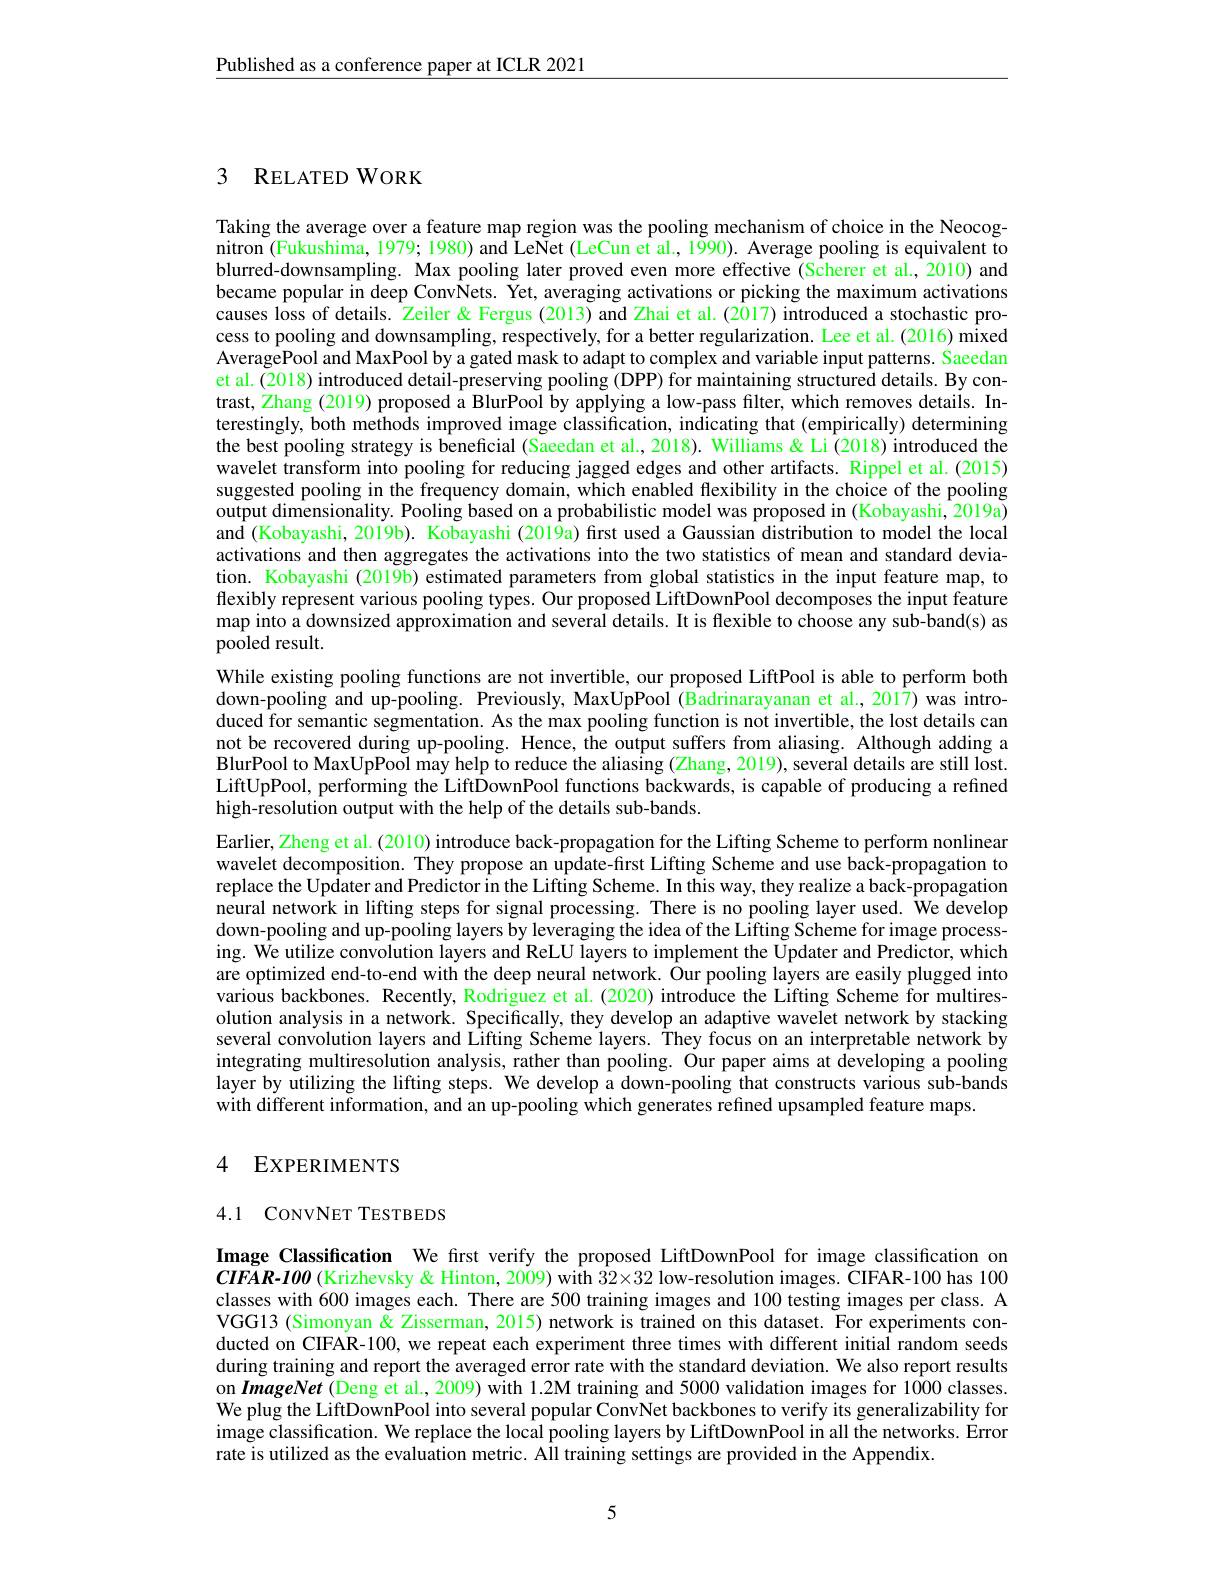
Published as a conference paper at ICLR 2021

### 3 RELATEDWORK

Taking the average over a feature map region was the pooling mechanism of choice in the Neocog- $\tilde{\text{nitron (Fukushima, 1979; 1980) and LeNet (LeCun et al., 1990). Average pooling is equivalent to}}$ blurred-downsampling. Max pooling later proved even more effective (Scherer et al., 2010) and became popular in deep ConvNets. Yet, averaging activations or picking the maximum activations causes loss of details. Zeiler & Fergus (2013) and Zhai et al. (2017) introduced a stochastic process to pooling and downsampling, respectively, for a better regularization. Lee et al. (2016) mixed AveragePool and MaxPool by a gated mask to adapt to complex and variable input patterns. Saeedan et al. (2018) introduced detail-preserving pooling (DPP) for maintaining structured details. By contrast, Zhang (2019) proposed a BlurPool by applying a low-pass filter, which removes details. Interestingly, both methods improved image classification, indicating that (empirically) determining the best pooling strategy is beneficial (Saeedan et al., 2018). Williams & Li (2018) introduced the wavelet transform into pooling for reducing jagged edges and other artifacts. Rippel et al.(2015) suggested pooling in the frequency domain, which enabled flexibility in the choice of the pooling output dimensionality. Pooling based on a probabilistic model was proposed in (Kobayashi, 2019a) and (Kobayashi, 2019b). Kobayashi (2019a) first used a Gaussian distribution to model the local activations and then aggregates the activations into the two statistics of mean and standard deviation. Kobayashi (2019b) estimated parameters from global statistics in the input feature map, to flexibly represent various pooling types. Our proposed LiftDownPool decomposes the input feature map into a downsized approximation and several details. It is flexible to choose any sub-band(s) as pooled result.

While existing pooling functions are not invertible, our proposed LiftPool is able to perform both down-pooling and up-pooling. Previously, MaxUpPool (Badrinarayanan et al., 2017) was introduced for semantic segmentation. As the max pooling function is not invertible, the lost details can not be recovered during up-pooling. Hence, the output suffers from aliasing. Although adding a BlurPool to MaxUpPool may help to reduce the aliasing (Zhang, 2019), several details are still lost. LiftUpPool, performing the LiftDownPool functions backwards, is capable of producing a refined high-resolution output with the help of the details sub-bands.
Earlier, Zheng et al. (2010) introduce back-propagation for the Lifting Scheme to perform nonlinear wavelet decomposition. They propose an update-first Lifting Scheme and use back-propagation to replace the Updater and Predictor in the Lifting Scheme. In this way, they realize a back-propagation neural network in lifting steps for signal processing. There is no pooling layer used. We develop down-pooling and up-pooling layers by leveraging the idea of the Lifting Scheme for image processing. We utilize convolution layers and ReLU layers to implement the Updater and Predictor, which are optimized end-to-end with the deep neural network. Öur pooling layers are easily plugged into various backbones. Recently, Rodriguez et al. (2020) introduce the Lifting Scheme for multiresolution analysis in a network. Specifically, they develop an adaptive wavelet network by stacking several convolution layers and Lifting Scheme layers. They focus on an interpretable network by integrating multiresolution analysis, rather than pooling. Our paper aims at developing a pooling layer by utilizing the lifting steps. We develop a down-pooling that constructs various sub-bands with different information, and an up-pooling which generates refined upsampled feature maps.

### 4 EXPERIMENTS

## 4.1 CONVNET TESTBEDS

Image Classification We first verify the proposed LiftDownPool for image classification on $CIFAR-IOO$ (Krizhevsky & Hinton, 2009) with $32\times32$ low-resolution images. CIFAR-100 has 100 classes with 600 images each. There are 500 training images and 100 testing images per class. A VGG13 (Simonyan $\tilde{\&}$ Zisserman, 2015) network is trained on this dataset. For experiments conducted on CIFAR-100, we repeat each experiment three times with different initial random seeds during training and report the averaged error rate with the standard deviation. We also report results on ImageNet (Deng et al., 2009) with 1.2M training and 5000 validation images for 1000 classes. We plug the LiftDownPool into several popular ConvNet backbones to verify its generalizability for image classification. We replace the local pooling layers by LiftDownPool in all the networks. Error rate is utilized as the evaluation metric. All training settings are provided in the Appendix.

5